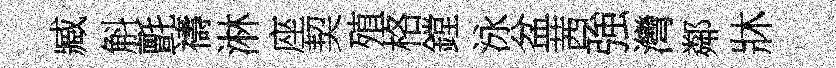
臧斛氈禱淋座契殖格鏜泳盆茜強灣鄰牀